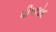
પીપલોદ